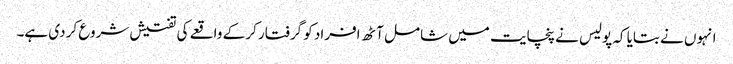
انہوں نے بتایا کہ پولیس نے پنچایت میں شامل آٹھ افراد کو گرفتار کر کے واقعے کی تفتیش شروع کر دی ہے۔